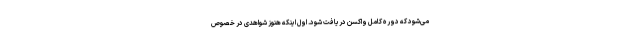
می‌شود که دوره کامل واکسن دریافت شود. اول اینکه هنوز شواهدی در خصوص